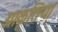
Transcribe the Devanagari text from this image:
आकृतिया